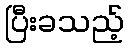
ပြီးခသည့်